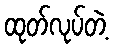
ထုတ်လုပ်တဲ့